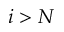
i > N